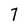
Character: 7